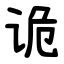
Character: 诡